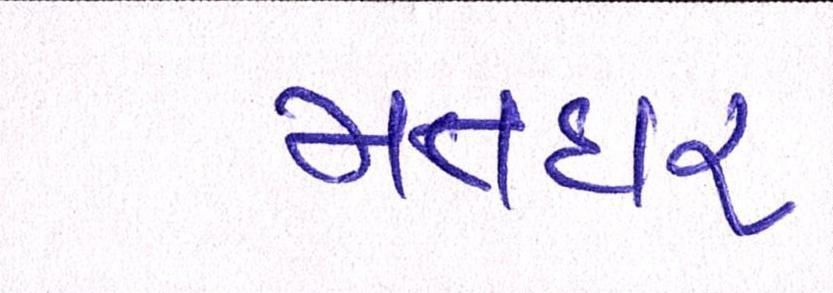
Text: મતદાર